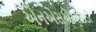
એનએસએઆઇડી